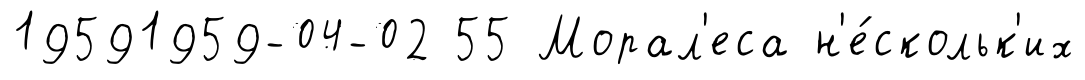
19591959-04-02 55 Морал'еса н'е́скольк'их